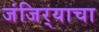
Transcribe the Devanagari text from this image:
जंजिर्‍याचा